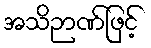
အသိဉာဏ်ဖြင့်